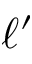
\ell ^ { \prime }